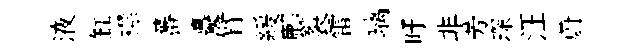
液缸襟蕃矗臂緩鄜裂雷璃旴非芳琛汪蔚